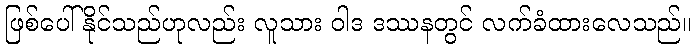
ဖြစ်ပေါ်နိုင်သည်ဟုလည်း လူသား ဝါဒ ဒဿနတွင် လက်ခံထားလေသည်။